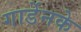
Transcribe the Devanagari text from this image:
गार्डेनके